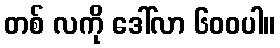
တစ် လကို ဒေါ်လာ ၆၀၀ပါ။